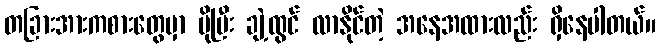
တခြားအားကစားတွေမှာ ပိုပြီး ချဲ့ထွင် လာနိုင်တဲ့ အနေအထားလည်း ရှိနေပါတယ်။